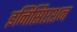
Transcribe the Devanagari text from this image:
इनिसिएशन